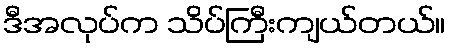
ဒီအလုပ်က သိပ်ကြီးကျယ်တယ်။